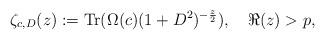
LaTeX: \begin{align*} \zeta_{c,D}(z) := {\rm Tr}(\Omega(c)(1+D^2)^{-\frac{z}{2}}),\quad\Re(z)>p, \end{align*}